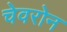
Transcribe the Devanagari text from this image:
चेवरोन